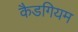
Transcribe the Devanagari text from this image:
कैडगियम